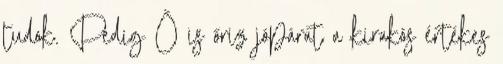
tudok. Pedig Ő is őriz jópárat a kirakós értékes